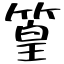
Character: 篁